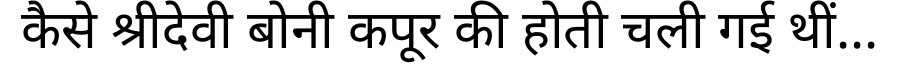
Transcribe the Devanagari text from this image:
कैसे श्रीदेवी बोनी कपूर की होती चली गई थीं...